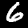
Label: 6